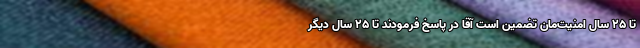
تا 25 سال امنیت‌مان تضمین است آقا در پاسخ فرمودند تا 25 سال دیگر